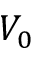
V _ { 0 }